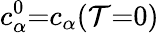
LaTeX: c_{\alpha}^{0}{=}c_{\alpha}(\mathcal{T}{=}0)